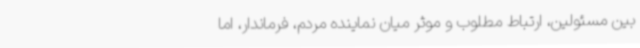
بین مسئولین، ارتباط مطلوب و موثر میان نماینده مردم، فرماندار، اما